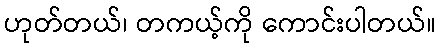
ဟုတ်တယ်၊ တကယ့်ကို ကောင်းပါတယ်။